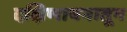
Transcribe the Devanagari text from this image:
दक्षिणायनातून